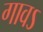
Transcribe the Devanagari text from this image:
गावऽ